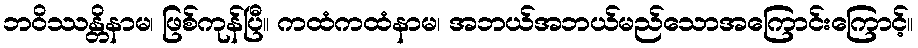
ဘဝိဿန္တိနာမ၊ ဖြစ်ကုန်ပြီ။ ကထံကထံနာမ၊ အဘယ်အဘယ်မည်သောအကြောင်းကြောင့်။